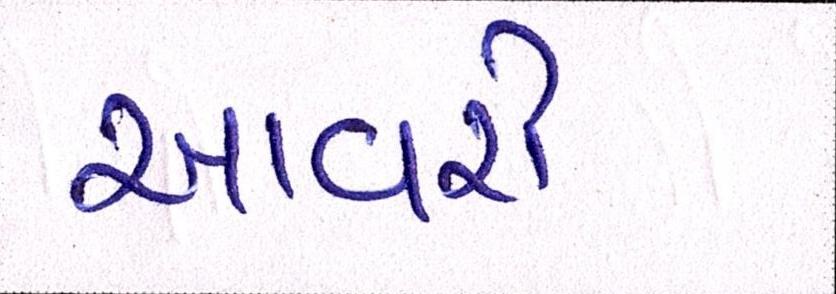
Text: આવરી